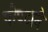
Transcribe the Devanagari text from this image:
पोपटाने